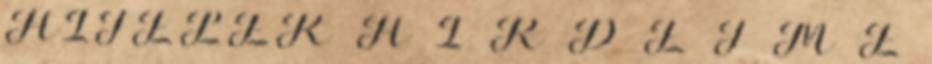
HITELEK H I R D E T M É